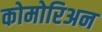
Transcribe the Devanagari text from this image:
कोमोरिअन